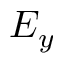
E _ { y }